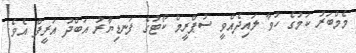
މެމްބަރު ކަމުގެ ހުވާ ލައިދެއްވީ ސުޕްރީމް ކޯޓުގެ ފަނޑިޔާރު އަބްދު އަރީފް އެވެ.